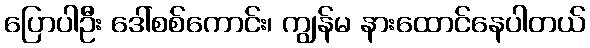
ပြောပါဦး ဒေါ်စစ်ကောင်း၊ ကျွန်မ နားထောင်နေပါတယ်